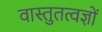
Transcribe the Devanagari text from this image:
वास्तुतत्वज्ञों